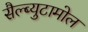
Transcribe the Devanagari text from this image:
सैल्ब्युटामोल